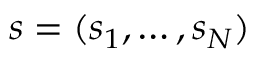
\boldsymbol s = ( s _ { 1 } , \ldots , s _ { N } )